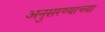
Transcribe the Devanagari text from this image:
अनुसरण्याच्या